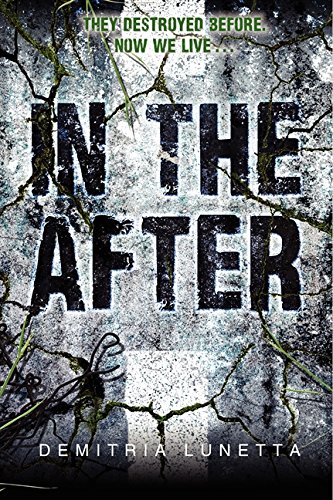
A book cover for In the After; Demitria Lunetta; Teen & Young Adult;